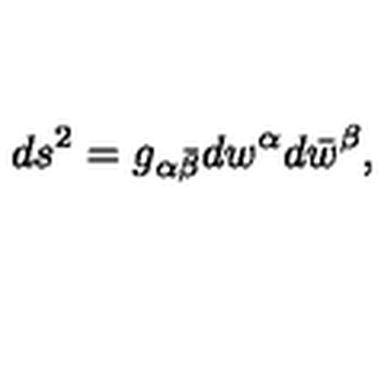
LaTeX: d s ^ { 2 } = g _ { \alpha \bar { \beta } } d w ^ { \alpha } d \bar { w } ^ { \beta } ,